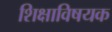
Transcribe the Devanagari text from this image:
शिक्षाविषयक